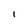
Character: I